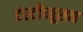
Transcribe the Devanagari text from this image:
इंस्‍टीच्‍यूशन